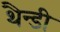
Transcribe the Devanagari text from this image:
थैन्डी